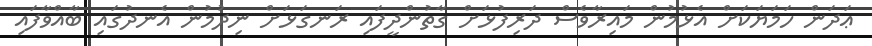
ޢަދަން ހަމަޔަކަށް އެޅުމުން މައިރާވެސް ދަރިފުޅަށް ގާތުންދީފައި ރަނގަޅަށް ނިދުމުން އެނދުގައި ބާއްވާފައި